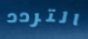
التردد